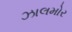
ઝાલમોર